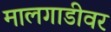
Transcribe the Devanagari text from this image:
मालगाडीवर